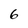
Character: 6